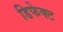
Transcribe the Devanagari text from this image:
डिफेक्‍ट